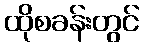
ထိုစခန်းတွင်